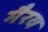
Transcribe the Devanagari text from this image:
मैरव